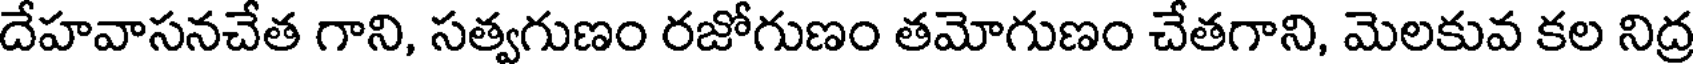
దేహవాసనచేత గాని, సత్వగుణం రజోగుణం తమోగుణం చేతగాని, మెలకువ కల నిద్ర